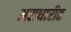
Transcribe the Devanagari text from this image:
असधारीत